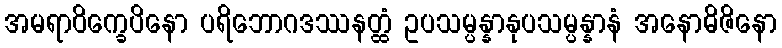
အမရာဝိက္ခေပိနော ပရိဘောဂဒဿနတ္ထံ ဥပသမ္ပန္နာနုပသမ္ပန္နာနံ အနောဓိဇိနော